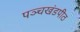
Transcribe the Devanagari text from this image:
पञ्चखंडपीठ